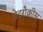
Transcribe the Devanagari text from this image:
वेटरौक्रीस